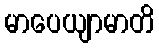
မာပေယျာမာတိ